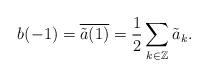
LaTeX: \begin{align*}b(-1) = \overline{\tilde{a}(1)} = \frac{1}{2} \sum_{k \in \mathbb{Z}} \tilde{a}_{k} .\end{align*}